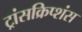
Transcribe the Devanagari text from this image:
ट्रांसक्रिप्शंस